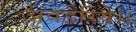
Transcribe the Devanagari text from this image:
अवडेरिये।।